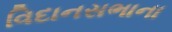
વિદાનસભાના